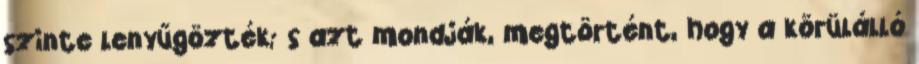
szinte lenyűgözték; s azt mondják, megtörtént, hogy a körülálló